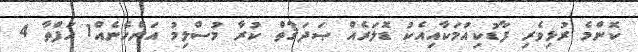
ކޮންމެ ރުޅިވެރި ފާޑުކިއުމަކާއިއެކު ޑޮލަރެއް ޞަދަޤާތް ކުރާ މުސްލިމު އަންހެނެއް1 ހަފްތާ 4